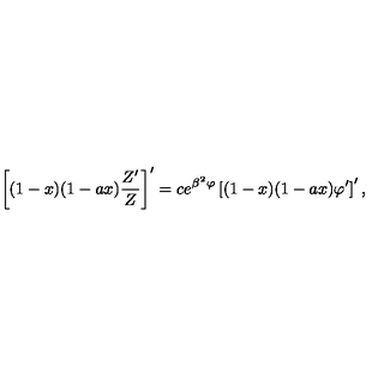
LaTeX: \left[ ( 1 - x ) ( 1 - a x ) { \frac { Z ^ { \prime } } { Z } } \right] ^ { \prime } = c e ^ { \beta ^ { 2 } \varphi } \left[ ( 1 - x ) ( 1 - a x ) \varphi ^ { \prime } \right] ^ { \prime } ,